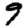
Digit: 9